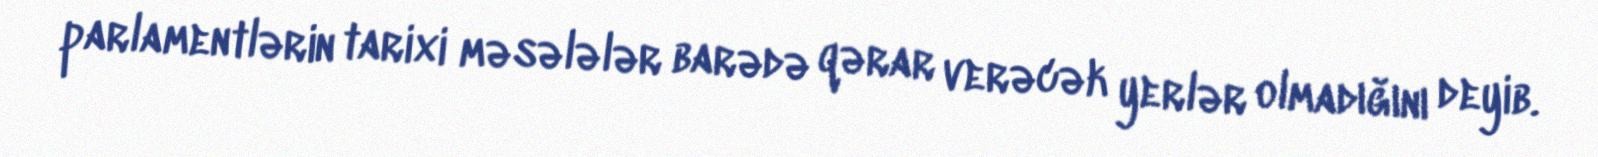
parlamentlərin tarixi məsələlər barədə qərar verəcək yerlər olmadığını deyib.